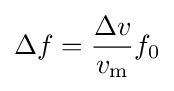
\Delta f={\frac {\Delta v}{v_{\text{m}}}}f_{0}